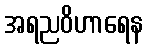
အရညဝိဟာရေန